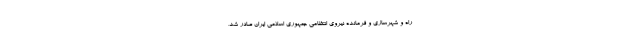
راه و شهرسازی و فرمانده نیروی انتظامی جمهوری اسلامی ایران صادر شد،